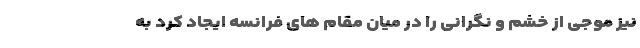
نیز موجی از خشم و نگرانی را در میان مقام های فرانسه ایجاد کرد به